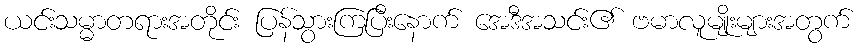
ယင်းသမ္မာတရားအတိုင်း ပြန်သွားကြပြီးနောက် အေဒီအသင်း၏ ဗမာလူမျိုးများအတွက်